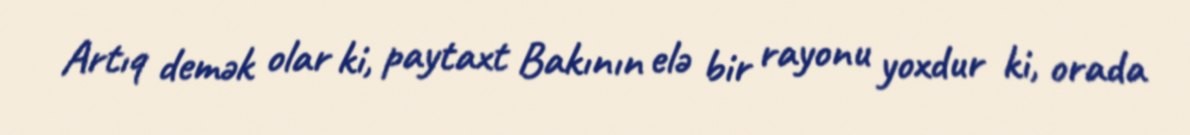
Artıq demək olar ki, paytaxt Bakının elə bir rayonu yoxdur ki, orada